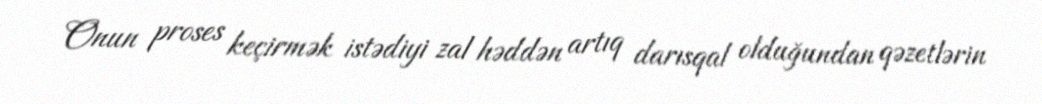
Onun proses keçirmək istədiyi zal həddən artıq darısqal olduğundan qəzetlərin